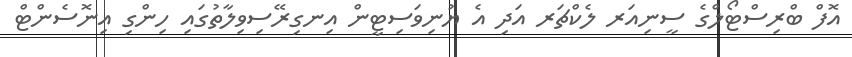
އޮފް ބްރިސްޓޯލްގެ ސީނިއަރ ލެކްޗަރ އަދި އެ ޔުނިވަސިޓީން އިނގިރޭސިވިލާތުގައި ހިންގި އިނޮސެންޓް